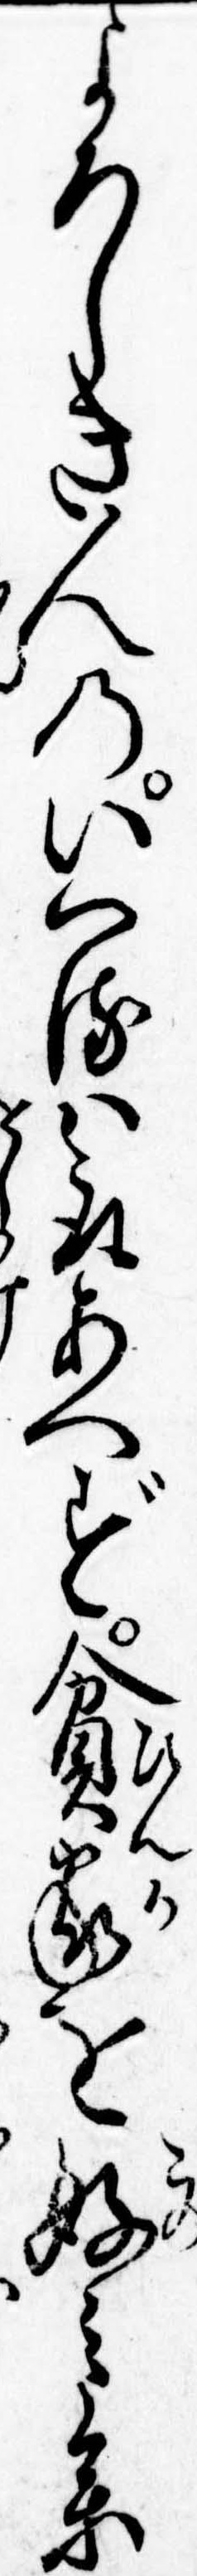
よろしき人のいへるは取あへず貧家を好み参